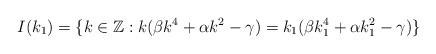
LaTeX: \begin{align*} I(k_1)=\{k\in \mathbb{Z}: k(\beta k^4+\alpha k^2-\gamma)=k_1(\beta k_{1}^{4}+\alpha k_{1}^{2}-\gamma)\}\end{align*}